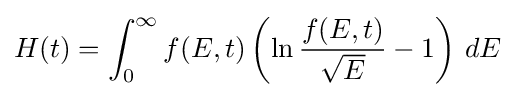
H(t)=\int _{0}^{\infty }f(E,t)\left(\ln {\frac {f(E,t)}{\sqrt {E}}}-1\right)\,dE